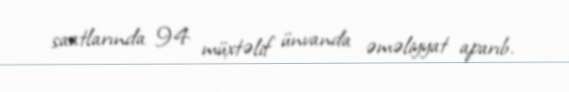
saatlarında 94 müxtəlif ünvanda əməliyyat aparıb.